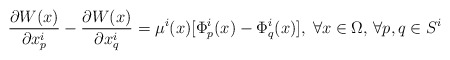
\begin{align*}\frac{\partial W(x)}{\partial x^i_p} - \frac{\partial W(x)}{\partial x^i_q} = \mu^i(x) [\Phi^i_p(x) - \Phi^i_q(x)], \; \forall x\in \Omega,\,\forall p,q \in S^i\end{align*}